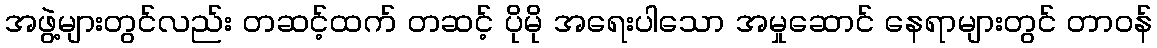
အဖွဲ့များတွင်လည်း တဆင့်ထက် တဆင့် ပိုမို အရေးပါသော အမှုဆောင် နေရာများတွင် တာဝန်